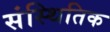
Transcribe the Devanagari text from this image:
संस्थितिक